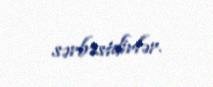
sərbəstdirlər.